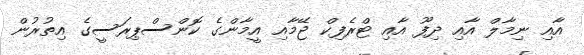
އާއި ނިމާލް އާއި ދިފޫ އާއި ޓްރެފިކް ޖޭމާއި އީމާންގެ ކޮންސްޕިރަސީގެ އިތުރުން